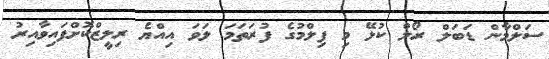
ސަލްމާން ޑަބަލް ރޯލް ކުޅޭ މި ފިލްމުގެ ފުރަތަމަ ލަވަ އިއްޔެ ރިލީޒްކޮށްފައިވާއިރު